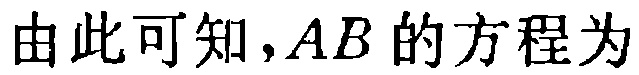
由此可知，\(AB\) 的方程为